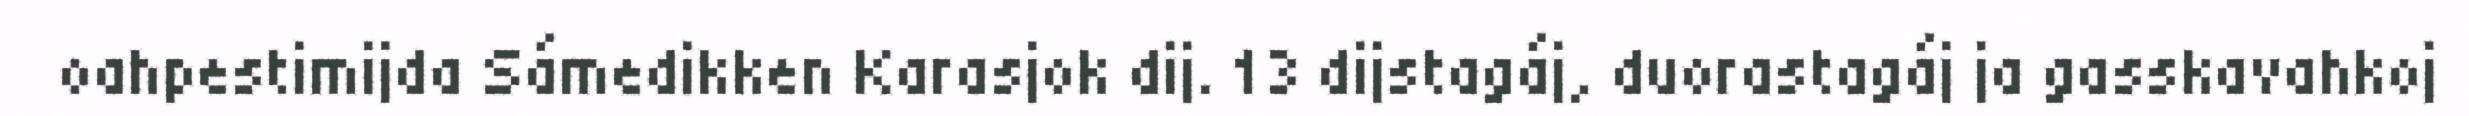
oahpestimijda Sámedikken Karasjok dij. 13 dijstagáj, duorastagáj ja gasskavahkoj